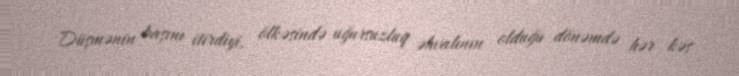
Düşmənin başını itirdiyi, ölkəsində uğursuzluq əhvalının olduğu dönəmdə hər kəs